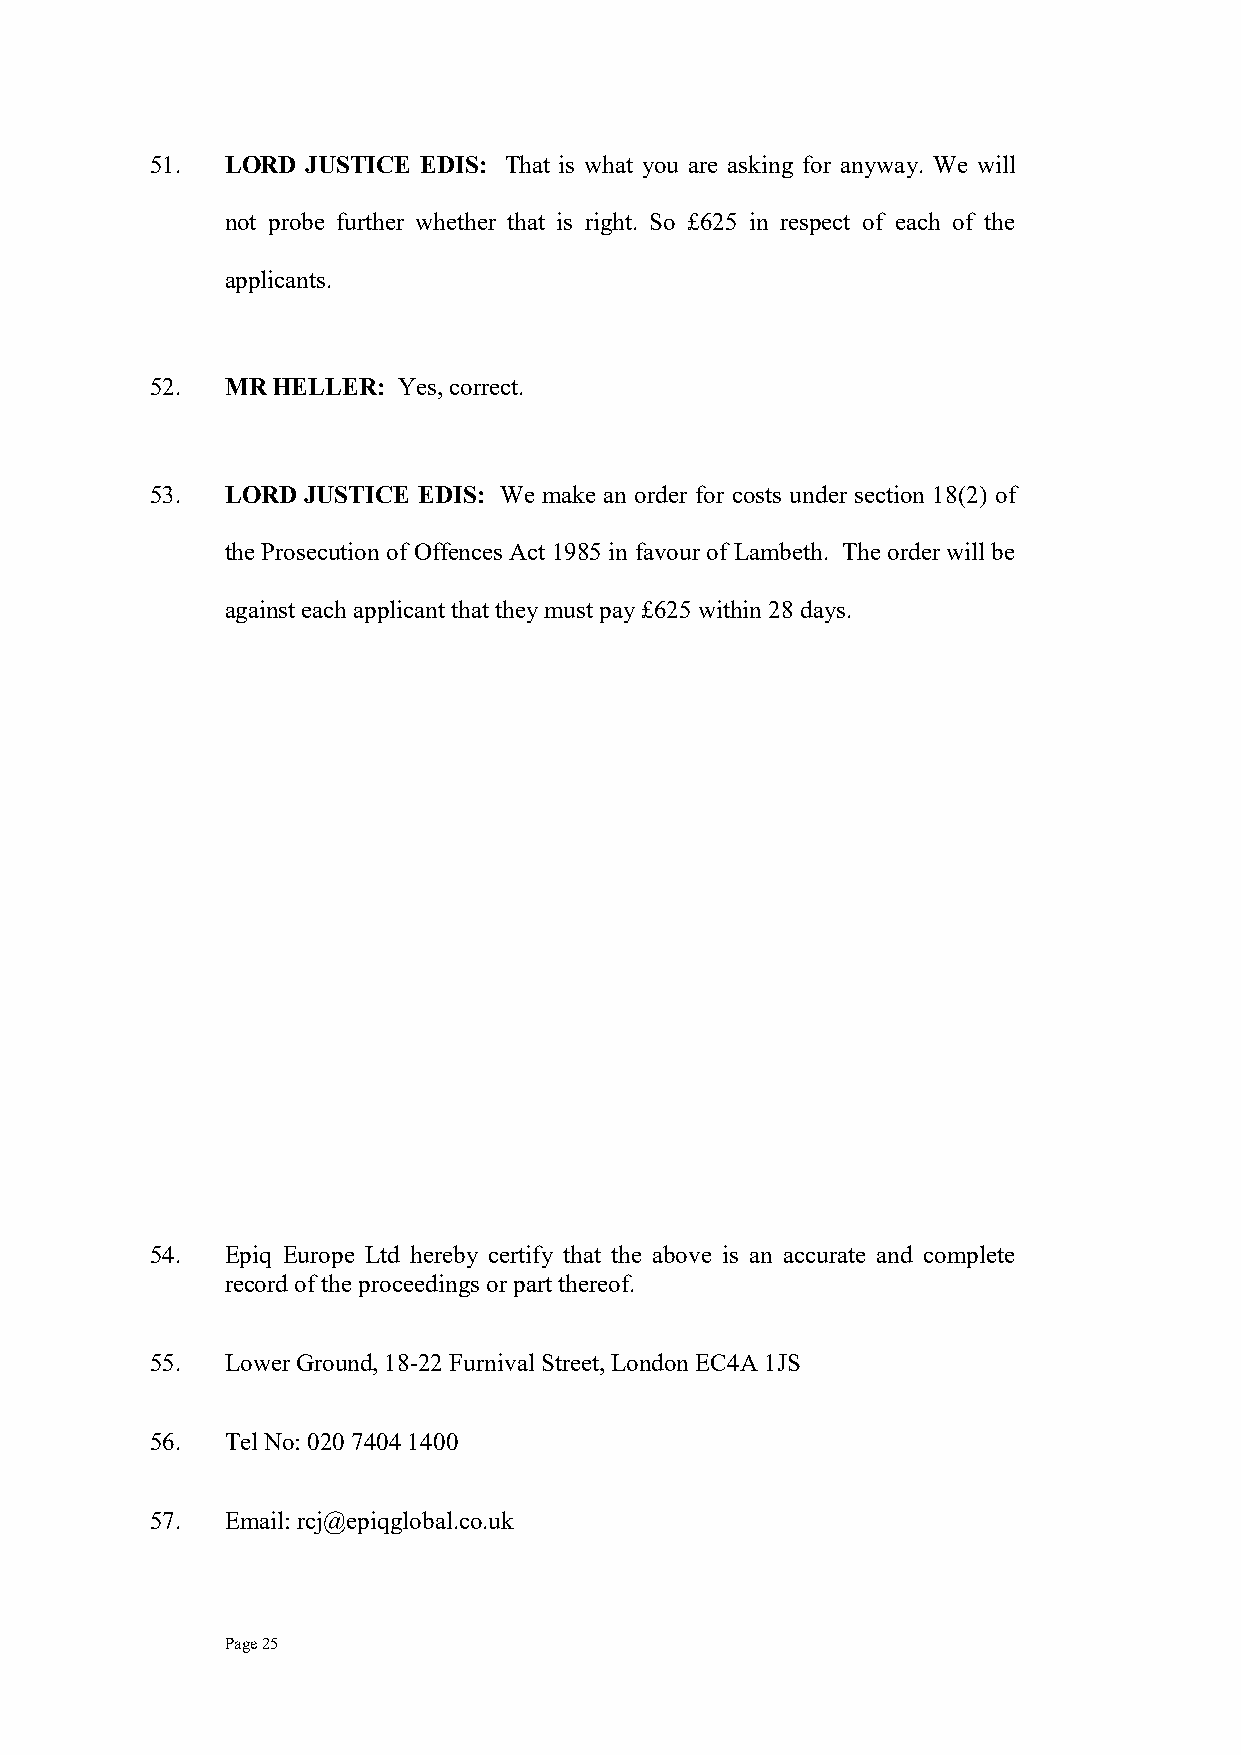
51.  LORD JUSTICE EDIS: That is what you are asking for anyway. We will
 not probe further whether that is right. So £625 in respect of each of the
 applicants.
 52.  MR HELLER: Yes, correct.
 53.  LORD JUSTICE EDIS: We make an order for costs under section 18(2) of
 the Prosecution of Offences Act 1985 in favour of Lambeth. The order will be
 against each applicant that they must pay £625 within 28 days.
 54.  Epiq Europe Ltd hereby certify that the above is an accurate and complete
 record of the proceedings or part thereof.
 55.  Lower Ground, 18-22 Furnival Street, London EC4A 1JS
 56.  Tel No: 020 7404 1400
 57.  Email: rcj@epiqglobal.co.uk
 Page 25